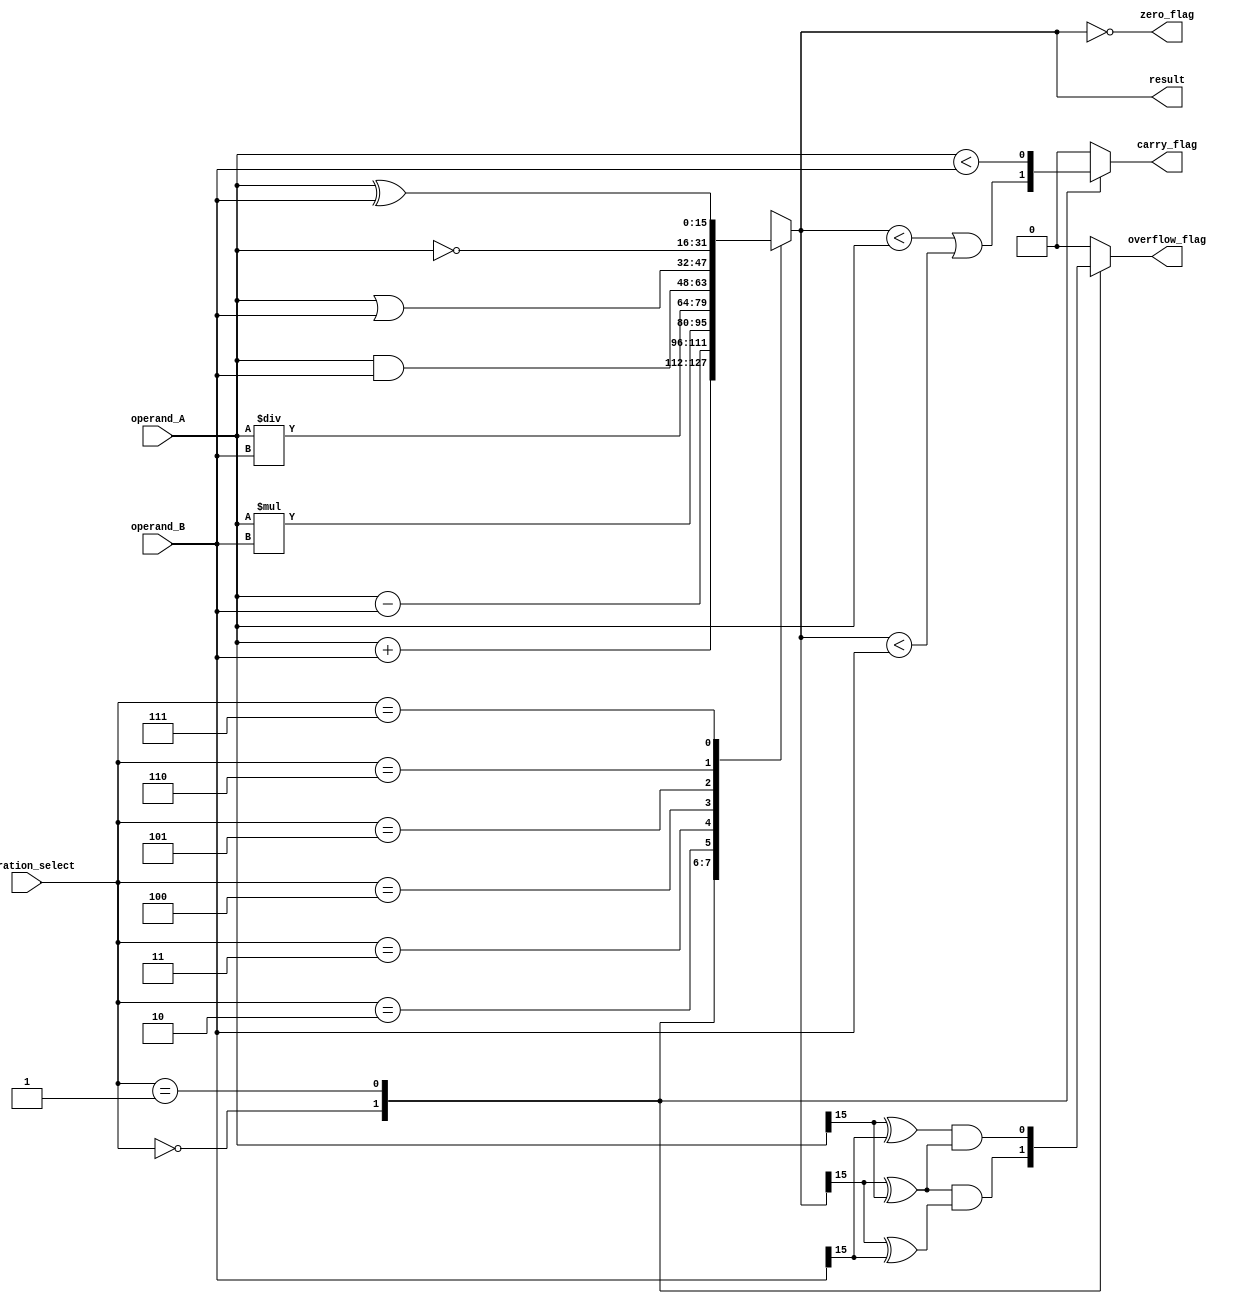
module ALU_16bit (
    input wire [15:0] operand_A,
    input wire [15:0] operand_B,
    input wire [2:0] operation_select,
    output wire [15:0] result,
    output reg zero_flag,
    output reg carry_flag,
    output reg overflow_flag
);

always @(*) begin
    case(operation_select)
        3'b000: result = operand_A + operand_B; // Addition
        3'b001: result = operand_A - operand_B; // Subtraction
        3'b010: result = operand_A * operand_B; // Multiplication
        3'b011: result = operand_A / operand_B; // Division
        3'b100: result = operand_A & operand_B; // AND
        3'b101: result = operand_A | operand_B; // OR
        3'b110: result = ~operand_A; // NOT
        3'b111: result = operand_A ^ operand_B; // XOR
    endcase
end

// Carry out logic
always @(*) begin
    case(operation_select)
        3'b000: carry_flag = (result < operand_A) || (result < operand_B); // Addition carry out
        3'b001: carry_flag = (operand_A < operand_B); // Subtraction borrow
        default: carry_flag = 1'b0;
    endcase
end

// Overflow flag
always @(*) begin
    case(operation_select)
        3'b000: overflow_flag = (result[15] ^ operand_A[15]) & (result[15] ^ operand_B[15]);
        3'b001: overflow_flag = (operand_A[15] ^ operand_B[15]) & (operand_A[15] ^ result[15]); // Subtraction overflow
        default: overflow_flag = 1'b0;
    endcase
end

// Zero flag
always @(*) begin
    zero_flag = (result == 16'b0);
end

endmodule